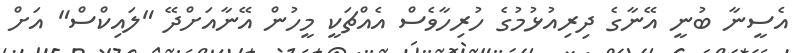
އެސީނާ ބުނީ އޭނާގެ ދިރިއުޅުމުގެ ހުރިހާވެސް އެއްޗަކީ މީހުން އޭނާއަށްދޭ "ލައިކްސް" އަށް